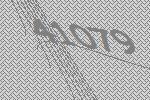
41079